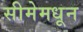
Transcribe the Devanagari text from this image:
सीमेमधून